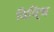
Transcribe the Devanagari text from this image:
विवि्ध